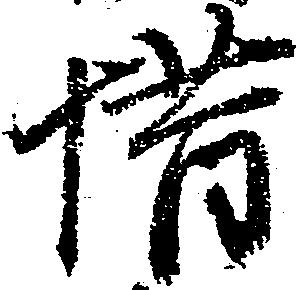
惜